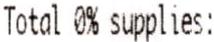
TOTAL 0% SUPPLIES: